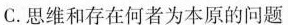
C.思维和存在何者为本原的问题